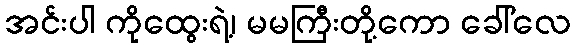
အင်းပါ ကိုထွေးရဲ့၊ မမကြီးတို့ကော ခေါ်လေ